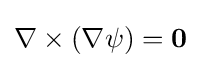
\nabla \times (\nabla \psi )=\mathbf {0}